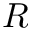
R